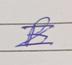
Signature authenticity: genuine